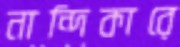
নান্দিকারে